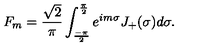
F _ { m } = \frac { \sqrt { 2 } } { \pi } \int _ { \frac { - \pi } { 2 } } ^ { \frac { \pi } { 2 } } e ^ { i m \sigma } J _ { + } ( \sigma ) d \sigma .